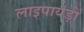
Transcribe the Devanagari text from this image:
लाइपायड़ों